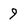
Character: 9